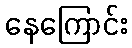
နေကြောင်း